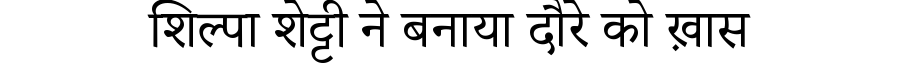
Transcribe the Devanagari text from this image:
शिल्पा शेट्टी ने बनाया दौरे को ख़ास